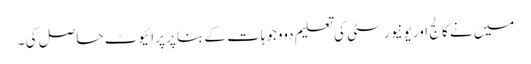
میں نے کالج اور یونیورسٹی کی تعلیم دووجوہات کے بنا پر پرائیوٹ حاصل کی ۔